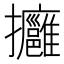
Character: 𢺠